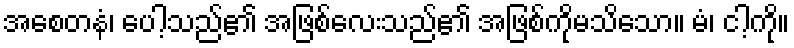
အစေတနံ၊ ပေါ့သည်၏ အဖြစ်လေးသည်၏ အဖြစ်ကိုမသိသော။ မံ၊ ငါ့ကို။